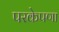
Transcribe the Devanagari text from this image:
परकेपणा